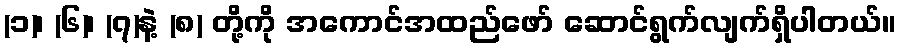
(၁)၊ (၆)၊ (၇)နဲ့ (၈) တို့ကို အကောင်အထည်ဖော် ဆောင်ရွက်လျက်ရှိပါတယ်။